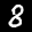
Label: 8